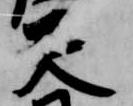
天